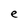
Character: e